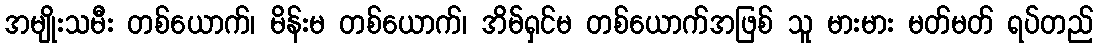
အမျိုးသမီး တစ်ယောက်၊ မိန်းမ တစ်ယောက်၊ အိမ်ရှင်မ တစ်ယောက်အဖြစ် သူ မားမား မတ်မတ် ရပ်တည်